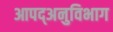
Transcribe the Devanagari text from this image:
आपद्अनुविभाग